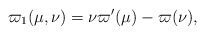
\begin{align*} \varpi_1(\mu, \nu) = \nu \varpi'(\mu)-\varpi(\nu), \end{align*}